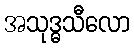
အသုဒ္ဓသီလော